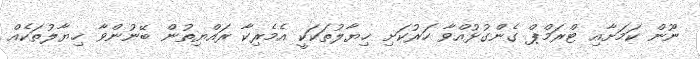
ނޫން ކަމަށާއި ޓްރަމްޕް ގެންގުޅުއްވާ ހަރުކަށި ޚިޔާލުތަކަކީ އެމެރިކާ ރައްޔިތުން ބޭނުންވާ ޚިޔާލުތަކެއް